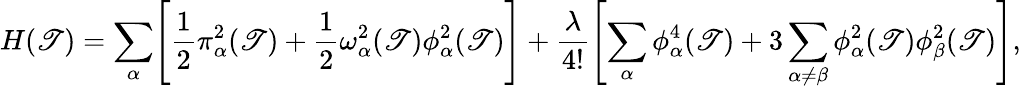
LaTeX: H(\mathscr{T})=\sum_{\alpha}\Biggl[\frac{{1}}{{2}}\pi_{\alpha}^{2}(\mathscr{T})+\frac{{1}}{{2}}{\omega}_{\alpha}^{2}(\mathscr{T})\phi_{\alpha}^{2}(\mathscr{T})\Biggr]+\frac{{\lambda}}{{4!}}\Biggl[\sum_{\alpha}\phi_{\alpha}^{4}(\mathscr{T})+3\sum_{\alpha\neq\beta}\phi_{\alpha}^{2}(\mathscr{T})\phi_{\beta}^{2}(\mathscr{T})\Biggr],